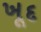
ખૂદ